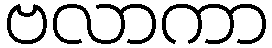
ဗလာကာ